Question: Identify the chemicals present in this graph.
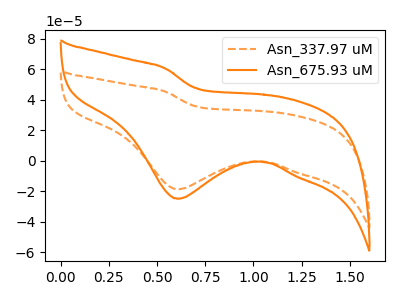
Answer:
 <answer>The orange dashed curve is labeled "Asn_337.97 uM". The orange curve is labeled "Asn_675.93 uM".</answer>
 <eval></eval>